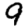
Digit: 9